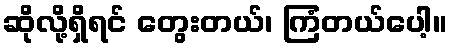
ဆိုလို့ရှိရင် တွေးတယ်၊ ကြံတယ်ပေါ့။